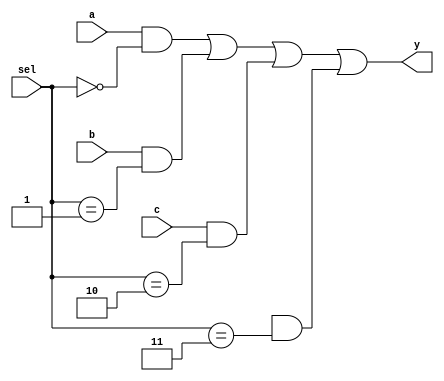

module mux3to1cond(input wire a,input wire b,input wire c,input wire[1:0] sel,output wire y);

//initialising module and declaring inputs

assign y = (a&(sel==2'b00))|(b&(sel==2'b01))|(c&(sel==2'b10))|(1'bx&(sel==2'b11));

// assigning the values to output y

endmodule